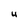
Character: U